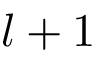
l + 1